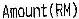
AMOUNT(RM)